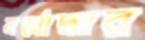
মর্মোদ্ধার